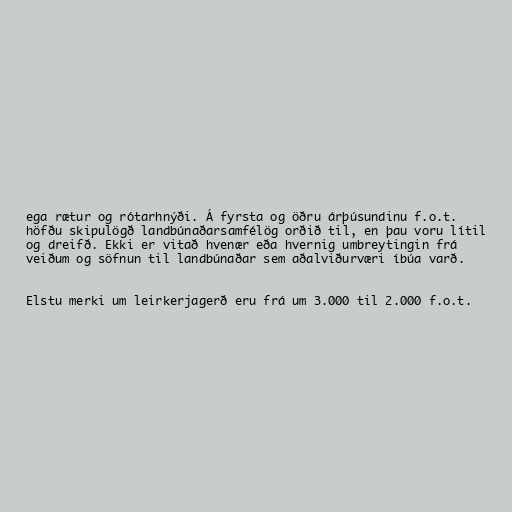
ega rætur og rótarhnýði. Á fyrsta og öðru árþúsundinu f.o.t.
höfðu skipulögð landbúnaðarsamfélög orðið til, en þau voru lítil
og dreifð. Ekki er vitað hvenær eða hvernig umbreytingin frá
veiðum og söfnun til landbúnaðar sem aðalviðurværi íbúa varð.

Elstu merki um leirkerjagerð eru frá um 3.000 til 2.000 f.o.t.